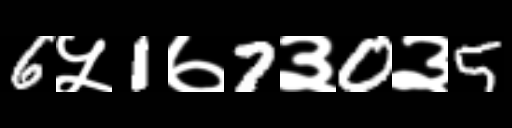
Text: 6५1७7३0३5